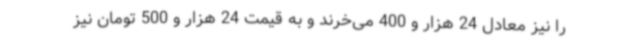
را نیز معادل 24 هزار و 400 می‌خرند و به قیمت 24 هزار و 500 تومان نیز